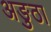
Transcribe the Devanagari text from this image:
अङुठा